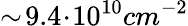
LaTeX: \sim\! 9.4\! \cdot\! 10^{10}cm^{-2}